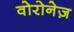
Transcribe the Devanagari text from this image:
वोरोनेज़